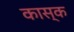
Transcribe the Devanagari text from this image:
कास्क